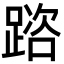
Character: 䠖